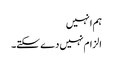
ہم انہیں
الزام نہیں دے سکتے۔